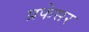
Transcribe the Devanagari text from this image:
प्रफेसर